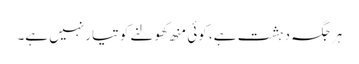
ہرجگہ دہشت ہے، کوئی منھ کھولنے کو تیار نہیں ہے۔